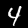
Label: 4